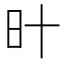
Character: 旪